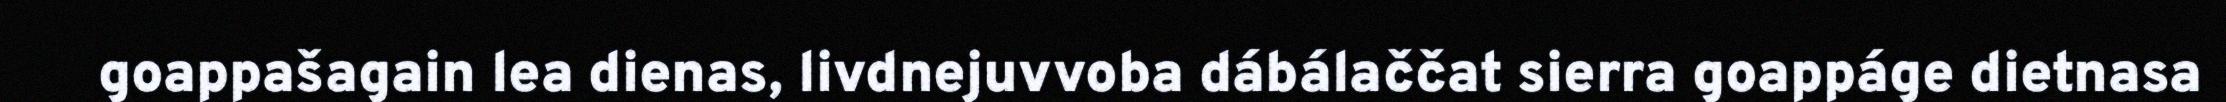
goappašagain lea dienas, livdnejuvvoba dábálaččat sierra goappáge dietnasa